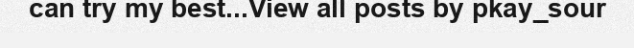
can try my best...View all posts by pkay_sour